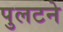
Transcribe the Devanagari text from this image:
पुलटने